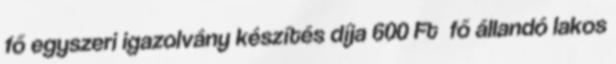
fő egyszeri igazolvány készítés díja 600 Ft fő állandó lakos